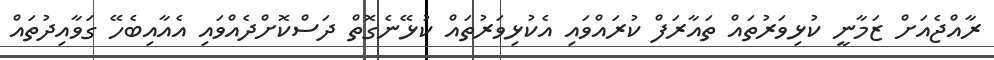
ރާއްޖެއަށް ޒަމާނީ ކުޅިވަރުތައް ތައާރަފް ކުރައްވައި އެކުޅިވަރުތައް ކުޅޭނެގޮތް ދަސްކޮށްދެއްވައި އެއާއިބެހޭ ގަވާއިދުތައް